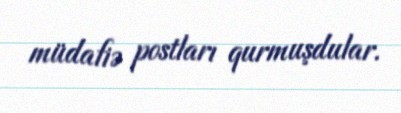
müdafiə postları qurmuşdular.